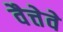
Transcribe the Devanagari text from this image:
वैत्तेवे